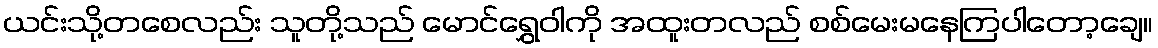
ယင်းသို့တစေလည်း သူတို့သည် မောင်ရွှေဝါကို အထူးတလည် စစ်မေးမနေကြပါတော့ချေ။